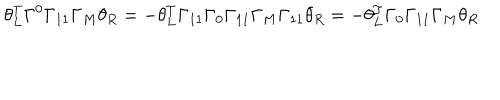
\theta _ { L } ^ { T } \Gamma ^ { 0 } \Gamma _ { 1 1 } \Gamma _ { M } \theta _ { R } = - \theta _ { L } ^ { T } \Gamma _ { 1 1 } \Gamma _ { 0 } \Gamma _ { 1 1 } \Gamma _ { M } \Gamma _ { 1 1 } \theta _ { R } = - \theta _ { L } ^ { T } \Gamma _ { 0 } \Gamma _ { 1 1 } \Gamma _ { M } \theta _ { R }